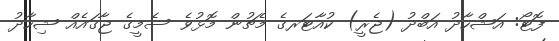
ފޮޓޯ: އަޝްހާދު އަބްދު (ޖެރީ) ކުއާޓަރގެ މެޗުން މޮޅުވެ ސެމީގެ ޖާގައެއް ޝިހާދު